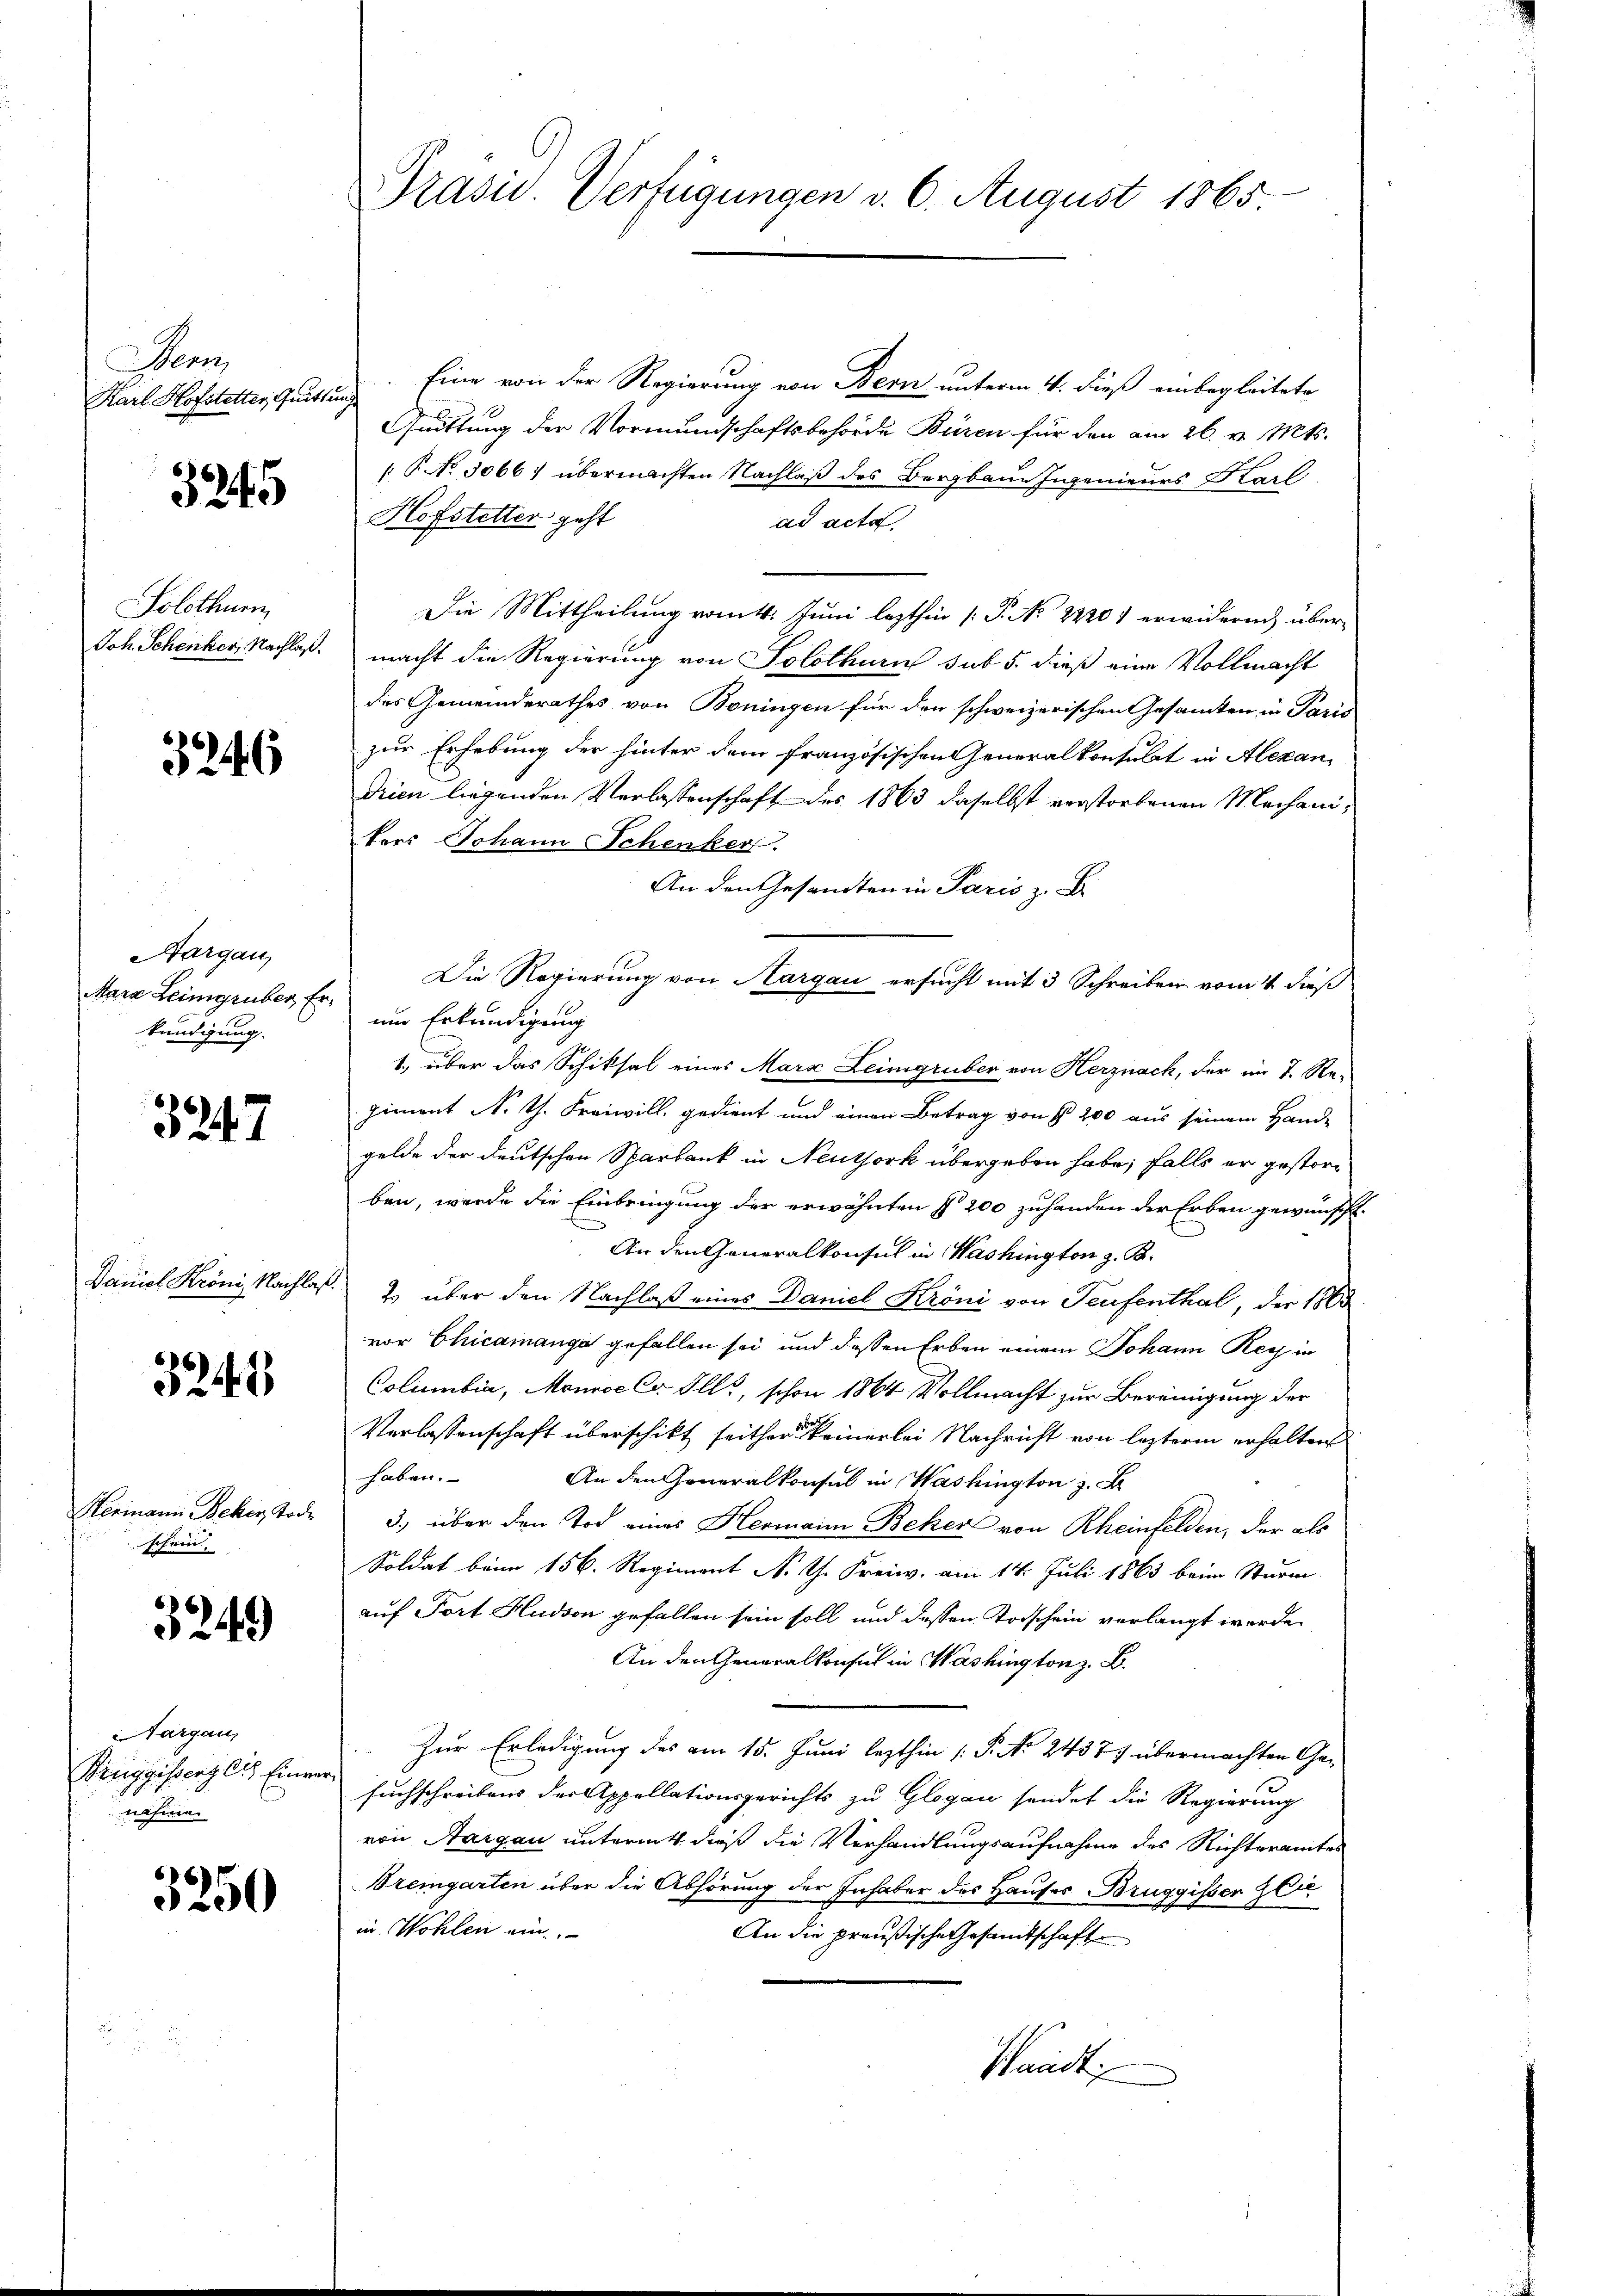
en
Karl Hofstetter, Quittung

3245

Solothurn

3246

Aargau
kündigung.

3247

3243

f
schein

3249)

Aargau,
Bruggistenz lit. Einver
nähmen.

3250

.Eine von der Regierung von Bern unterm 4. dieß einbegleitete
Quitting der Vormundschaftsbehörde Büren für den am 26. v. Mts.
[P No 3066) übermachten Nachlaß des Bergbaue Ingenieurs Karl
Hofstetter geht
ad acta
Die Mittheilung vom 4. Juni lezthin [P. No 22201 erwidern über¬
Joh. Schenker, Nachlaß macht die Regierung von Solothurn sub 5. dieß eine Vollmacht
des Gemeinderathes von Boningen für den schweizerischen Gesamten in Paris
zur Erhebung der hinter dem französischen Generalkonsulat in Alexan
drien liegenden Verlassenschaft des 1863 daselbst verstorbenen Mechanikers Johann Schenker
An den Gesandten in Paris z. B.
Die Regierung von Aargau ersucht mit 3 Schreiben vom 14. dieß
Mara Leimgruber, Er um Erkundigung
1., über das Schiksal eines Mara Leingruber von Herznach, der im 7. Re-
giment N. Th. Freiwill, gedient und einen Betrag von § 200 aus seinem Hande
gelde der deutschen Sparbank in Neuthork übergeben habe, falls er gestorben, werde die Einbringung der erwähnten § 200 zuhanden der Erben gewünscht.
An den Generalkonsul in Washington z. B.
Daniel Kröni, Nachlas. 2. über den Nachlaß eines Daniel Kröni von Teufenthal, der 1863
vor Chicamanga gefallen sei und dessen Erben einem Johann Rey in
Columbia, Monnoe Cr Ills, schon 1864 Vollmacht zur Bereinigung der
Verlassenschaft überschikt seither keinerlei Nachricht von lezterm erhalten
haben.
An den Generalkonsul in Washington z. B
Hermann Beker Tode 3.) über den Tod eines Hermaine Beker von Rheinfelden, der als
Soldat beim 156. Regiment N. G. Freiw. am 14. Juli 1863 beim Sturm
auf Fort Hudson gefallen sein soll und dessen Todschein verlangt werde.
An den Generalkonsul in Washington z. B.
Zur Erledigung des am 15. Juni lezthin P. No. 24371 übermachten Ge-
suchschreibens der Appellationsgerichts zu Glogau sendet die Regierung
von Aargau untermitt dieß die Verhandlungsaufnahme des Richteramtes
Bremgarten über die Abhörung der Inhaber des Hauses Bruggisser gla
in Wohlen ein.
An die preußische Gesamtschaft
Waadt

Prasis. Verfügungen v. 6. August 1865.